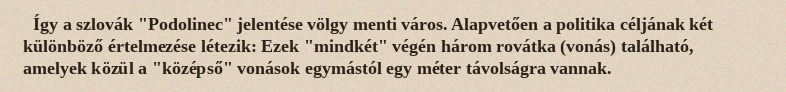
Így a szlovák "Podolinec" jelentése völgy menti város. Alapvetően a politika céljának két különböző értelmezése létezik: Ezek "mindkét" végén három rovátka (vonás) található, amelyek közül a "középső" vonások egymástól egy méter távolságra vannak.